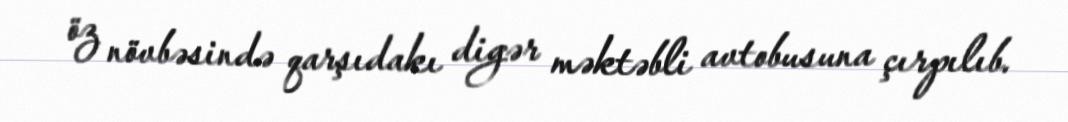
öz növbəsində qarşıdakı digər məktəbli avtobusuna çırpılıb.